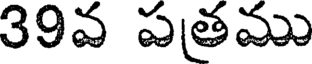
39వ పత్రము